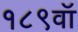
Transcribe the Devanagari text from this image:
१८९वॉ